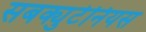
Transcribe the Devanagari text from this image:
सबक्युटेनियस